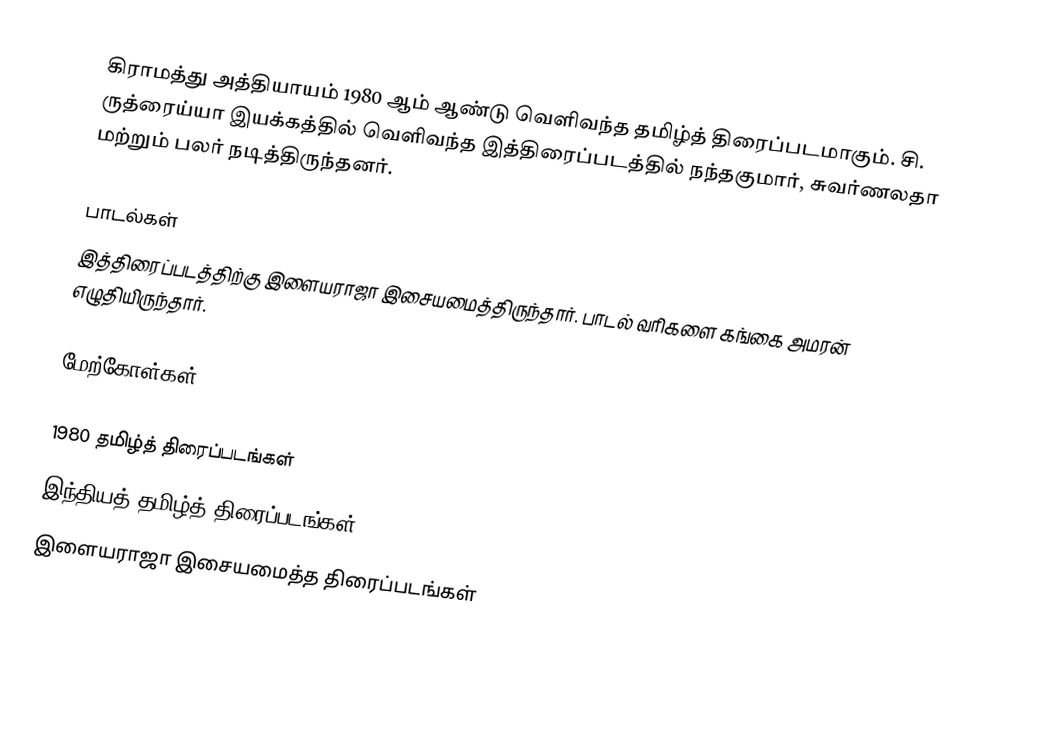
கிராமத்து அத்தியாயம் 1980 ஆம் ஆண்டு வெளிவந்த தமிழ்த் திரைப்படமாகும். சி. ருத்ரைய்யா இயக்கத்தில் வெளிவந்த இத்திரைப்படத்தில் நந்தகுமார், சுவர்ணலதா மற்றும் பலர் நடித்திருந்தனர்.

பாடல்கள்
இத்திரைப்படத்திற்கு இளையராஜா இசையமைத்திருந்தார். பாடல் வரிகளை கங்கை அமரன் எழுதியிருந்தார்.

மேற்கோள்கள்

1980 தமிழ்த் திரைப்படங்கள்
இந்தியத் தமிழ்த் திரைப்படங்கள்
இளையராஜா இசையமைத்த திரைப்படங்கள்